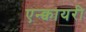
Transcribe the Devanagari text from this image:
एन्क्वायरी